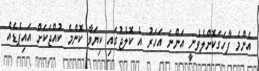
އެންމެ ފާހަގަކޮށްލެވެނީ އަންނަ އަހަރު އެ ކޮލެޖުގައި ކިޔަވާ ކޮންމެ ކުއްޖަކަށް އައިޕެޑެއް